Bréfritari: Soffía Daníelsdóttir
Viðtakandi: Jakobína Magnúsdóttir og Daníel Halldórsson
Dagsetning: A-1895-07-21
Skrifað á: Skeggjastöðum  N-Múl.
Soffía var dóttir Jakobínu og Daníels

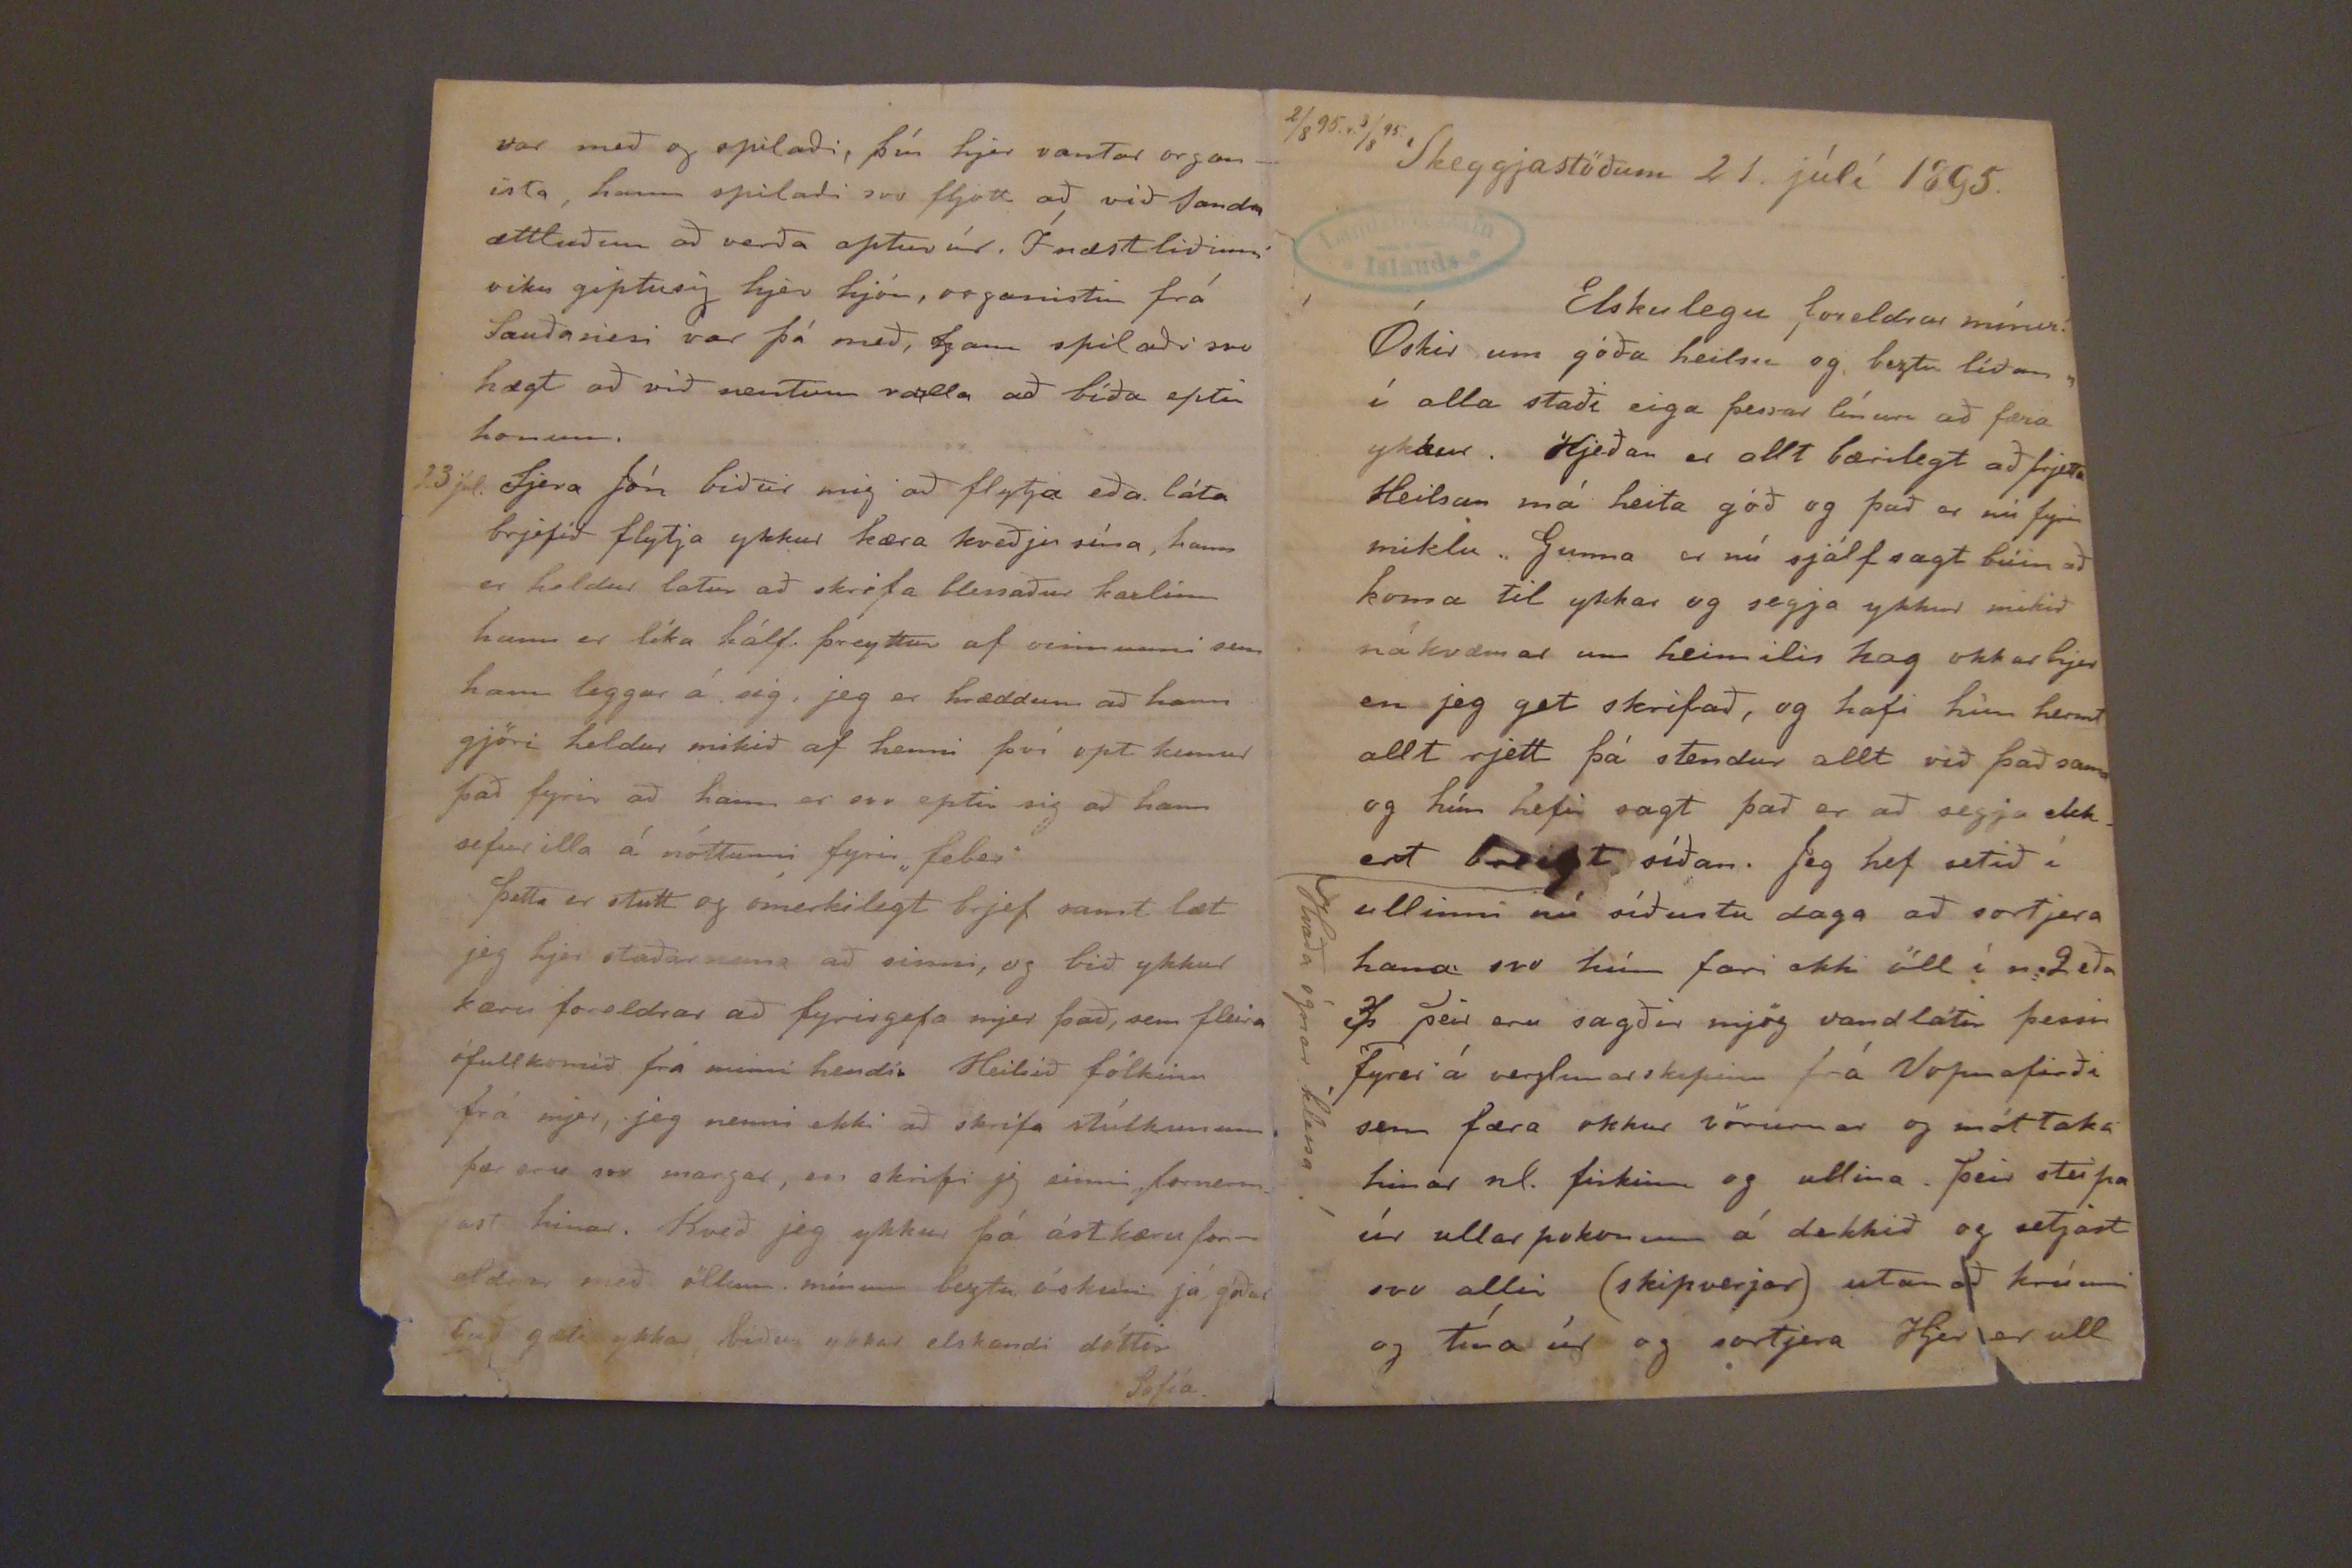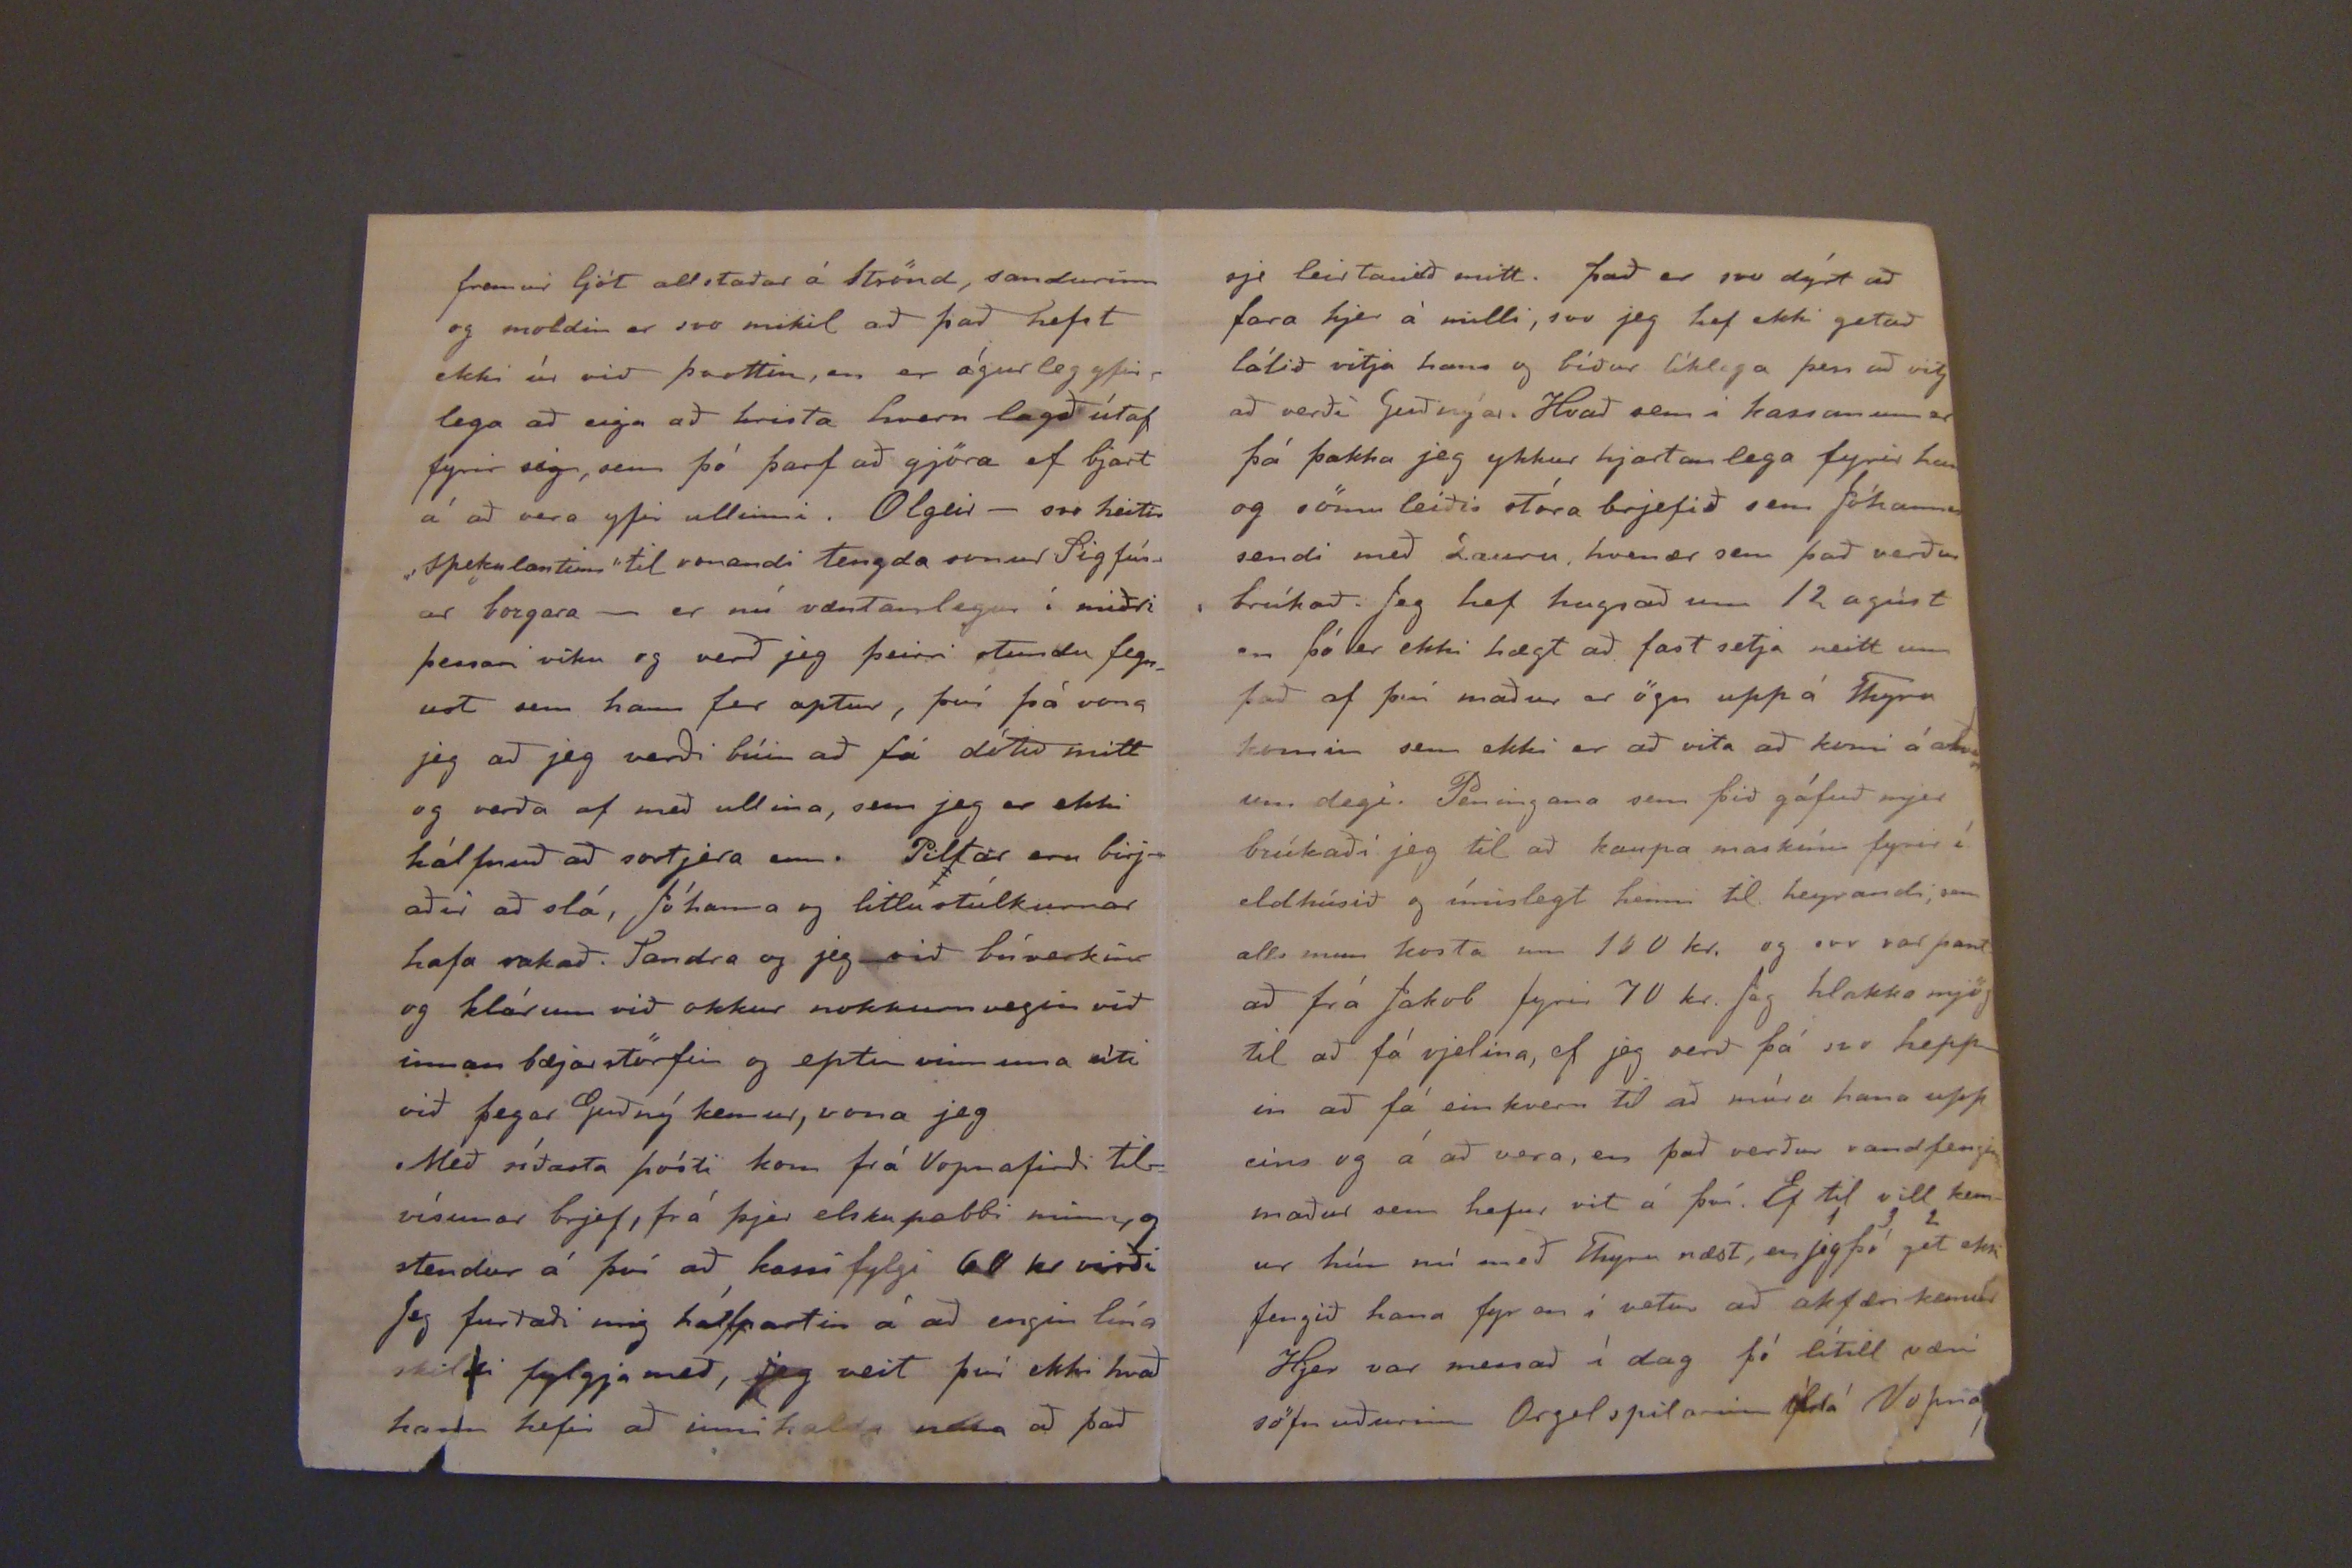

2/8 95. 1. 3/8 95.
Skeggjastöðum 21. júlí 1895.
Elskulegu foreldrar mínir!
Óskir um góða heilsu og beztu líðan í alla staði eiga þessa línur að færa ykkur. Hjeðan er allt bærilegt að frjetta Heilsan má heita góð og það er nú fyrir miklu. Gunna er nú sjálfsagt búin að koma til ykkar og segja ykkur mikið nákvæmar um heimilis hag okkar hjer en jeg get skrifað, og hafi hún hermt allt rjett þá stendur allt við það sama og hún hefir sagt það er að segja ekkert breist síðan. Jeg hef setið í ullinni nú síðustu daga að sortjera hana svo hún færi ekki öll í
no2 eða 3
þeir eru sagðir mjög vandlátir þessir Tyrer á verzlunarskipinu frá Vopnafirði sem færa okkur vörurnar og móttaka hinar nl. fiskinn og ullina. þeir steipa úr ullar pokunum á dekkið og setjast svo allir (skipverar) utan að krúnni og tína úr og sortjera Hjer er ull
Hvaða ógnar klessa!
fremur ljót allstaðar á Strönd, sandurinn og moldin er svo mikil að það hefst ekki úr við parttin, en er ógurleg yfir lega að eiga að hrista hvern lagð útaf fyrir sig, sem þó þarf að gjöra ef bjart á að vera yfir ullinni. Olgeir - svo heitir "spekulantinn" til vonandi tengda sonur Sigfúsar borgara - er nú væntanlegur í miðri þessari viku og verð jeg þeirri stundu fegrust sem hann fer aptur, því þá vona jeg að jeg verði búin að fá dótið mitt og verða af með ullina, sem jeg er ekki hálfnuð að sorjera enn. Piltar eru birjaðir að slá, Jóhanna og litlu stúlkurnar hafa rakað. Sandra og jeg við búverkin og klárum við okkur nokkurn vegin við innan bæjarstörfin og eptir vinnuna úti við þegar Guðný kemur, vona jeg
Með síðasta pósti kom frá Vopnafirði tilvísunar brjef, frá þjer elsku pabbi minn, og stendur á því að kassi fylgi 60 kr virði Jeg furðaði mig hálfpartin á að engin lína skildi fylgja með, jeg veit því ekki hvað hann hefir að innihalda
sem
að það
var með og spilaði, því hjer vantar organista, hann spilaði svo fljótt að við landa ættleiðinn að verða aptur úr. Í næstliðinni viku giptusig hjer hjón, organistin frá Sauðanesi var þá með, hann spilaði svo hægt að við nentum
valla
að bíða eptir honum.
23 júl. Sjera Jón biður mig að flytja eða láta brjefið flytja ykkur kæra kveðju sína, hann er heldur latur að skrifa blessaður karlinn hann er líka hálf þreyttur af vinnunni sem hann leggur á sig, jeg er hræddum að hann gjöri heldur mikið af henni því opt kemur það fyrir að hann er svo eptir sig að hann sefur illa á nóttunni fyrir feber
þetta er stutt og ómerkilegt brjef samt læt jeg hjer staðar nema að sinni, og bið ykkur kæru foreldrar að fyrirgefa mjer það, sem fleira ófullkomið frá minni hendi. Heilsið fólkinu frá mjer, jeg nenni ekki að skrifa stúlkunum þær eru svo margar, en skrifi jeg einni
fornemast
hinar. Kveð jeg ykkur þá ástkæru foreldrar með öllum mínum beztu óskum já góður guð gæti ykkar biður ykkar elskandi dóttir
Sofía.
sje leirtauið mitt. það er svo dýrt að fara hjer á milli, svo jeg hef ekki getað látið vitja hans og bíður líklega þess að vitj að verðí Guðnýar. Hvað sem i kassanum er þá þakka jeg ykkur hjartanlega fyrir han og sömuleiðis sTóra brjefið sem Jóhannes sendi með Lausu hvenær sem það verður brúkað. Jeg hef hugsað um 12 agúst en þó er ekki hægt að fast setja neitt um það af því maður er ögn upp á Thyrn komin sem ekki er að vita að komi á annan um degi. Peningana sem þið gáfuð mjer brúkaði jeg til að kaupa maskínu fyrir í eldhúsið og ímislegt henni til heyrandi, sem alls muni kosta um 150 kr. og svo var pantað frá Jakob fyrir 70 kr. Jeg hlakka mjög til að fá vjelina, ef jeg verð þá svo heppin að fá einkvern til að múra hana upp eins og á að vera, en það verður vandfenginn maður sem hefur vit á því. Ef til vill kemur hún nú með Thyru næst, en jeg þó
1 2 3
get ekki fengið hana fyr en í vetur að akfæri kemur Hjer var messað í dag þó lítill væri söfnuðurinn Orgel spilarinn
Ýdá
Vopnaf